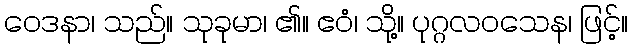
ဝေဒနာ၊ သည်။ သုခုမာ၊ ၏။ ဧဝံ၊ သို့။ ပုဂ္ဂလဝသေန၊ ဖြင့်။